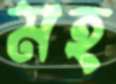
মহ